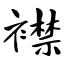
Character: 襟